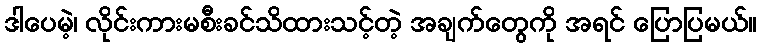
ဒါပေမဲ့၊ လိုင်းကားမစီးခင်သိထားသင့်တဲ့ အချက်တွေကို အရင် ပြောပြမယ်။